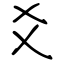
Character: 爻